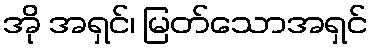
အို အရှင်၊ မြတ်သောအရှင်